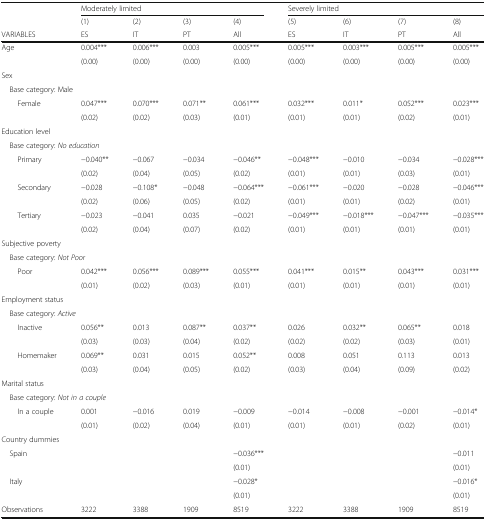
<table><thead><tr><td></td><td colspan="4"><b>Moderately limited</b></td><td colspan="4"><b>Severely limited</b></td></tr><tr><td></td><td><b>(1)</b></td><td><b>(2)</b></td><td><b>(3)</b></td><td><b>(4)</b></td><td><b>(5)</b></td><td><b>(6)</b></td><td><b>(7)</b></td><td><b>(8)</b></td></tr><tr><td><b>VARIABLES</b></td><td><b>ES</b></td><td><b>IT</b></td><td><b>PT</b></td><td><b>All</b></td><td><b>ES</b></td><td><b>IT</b></td><td><b>PT</b></td><td><b>All</b></td></tr></thead><tbody><tr><td rowspan="2">Age</td><td>0.004***</td><td>0.006***</td><td>0.003</td><td>0.005***</td><td>0.005***</td><td>0.003***</td><td>0.005***</td><td>0.005***</td></tr><tr><td>(0.00)</td><td>(0.00)</td><td>(0.00)</td><td>(0.00)</td><td>(0.00)</td><td>(0.00)</td><td>(0.00)</td><td>(0.00)</td></tr><tr><td colspan="9">Sex</td></tr><tr><td colspan="9"> Base category: Male</td></tr><tr><td rowspan="2">Female</td><td>0.047***</td><td>0.070***</td><td>0.071**</td><td>0.061***</td><td>0.032***</td><td>0.011*</td><td>0.052***</td><td>0.023***</td></tr><tr><td>(0.02)</td><td>(0.02)</td><td>(0.03)</td><td>(0.01)</td><td>(0.01)</td><td>(0.01)</td><td>(0.02)</td><td>(0.01)</td></tr><tr><td colspan="9">Education level</td></tr><tr><td colspan="9"> Base category: <i>No education</i></td></tr><tr><td rowspan="2">Primary</td><td>−0.040**</td><td>−0.067</td><td>−0.034</td><td>−0.046**</td><td>−0.048***</td><td>−0.010</td><td>−0.034</td><td>−0.028***</td></tr><tr><td>(0.02)</td><td>(0.04)</td><td>(0.05)</td><td>(0.02)</td><td>(0.01)</td><td>(0.01)</td><td>(0.03)</td><td>(0.01)</td></tr><tr><td rowspan="2">Secondary</td><td>−0.028</td><td>−0.108*</td><td>−0.048</td><td>−0.064***</td><td>−0.061***</td><td>−0.020</td><td>−0.028</td><td>−0.046***</td></tr><tr><td>(0.02)</td><td>(0.06)</td><td>(0.05)</td><td>(0.02)</td><td>(0.01)</td><td>(0.01)</td><td>(0.02)</td><td>(0.01)</td></tr><tr><td rowspan="2">Tertiary</td><td>−0.023</td><td>−0.041</td><td>0.035</td><td>−0.021</td><td>−0.049***</td><td>−0.018***</td><td>−0.047***</td><td>−0.035***</td></tr><tr><td>(0.02)</td><td>(0.04)</td><td>(0.07)</td><td>(0.02)</td><td>(0.01)</td><td>(0.01)</td><td>(0.01)</td><td>(0.01)</td></tr><tr><td colspan="9">Subjective poverty</td></tr><tr><td colspan="9"> Base category: <i>Not Poor</i></td></tr><tr><td rowspan="2">Poor</td><td>0.042***</td><td>0.056***</td><td>0.089***</td><td>0.055***</td><td>0.041***</td><td>0.015**</td><td>0.043***</td><td>0.031***</td></tr><tr><td>(0.01)</td><td>(0.02)</td><td>(0.03)</td><td>(0.01)</td><td>(0.01)</td><td>(0.01)</td><td>(0.01)</td><td>(0.01)</td></tr><tr><td colspan="9">Employment status</td></tr><tr><td colspan="9"> Base category: <i>Active</i></td></tr><tr><td rowspan="2">Inactive</td><td>0.056**</td><td>0.013</td><td>0.087**</td><td>0.037**</td><td>0.026</td><td>0.032**</td><td>0.065**</td><td>0.018</td></tr><tr><td>(0.03)</td><td>(0.03)</td><td>(0.04)</td><td>(0.02)</td><td>(0.02)</td><td>(0.02)</td><td>(0.03)</td><td>(0.01)</td></tr><tr><td rowspan="2">Homemaker</td><td>0.069**</td><td>0.031</td><td>0.015</td><td>0.052**</td><td>0.008</td><td>0.051</td><td>0.113</td><td>0.013</td></tr><tr><td>(0.03)</td><td>(0.04)</td><td>(0.05)</td><td>(0.02)</td><td>(0.03)</td><td>(0.04)</td><td>(0.09)</td><td>(0.02)</td></tr><tr><td colspan="9">Marital status</td></tr><tr><td colspan="9"> Base category: <i>Not in a couple</i></td></tr><tr><td rowspan="2">In a couple</td><td>0.001</td><td>−0.016</td><td>0.019</td><td>−0.009</td><td>−0.014</td><td>−0.008</td><td>−0.001</td><td>−0.014*</td></tr><tr><td>(0.01)</td><td>(0.02)</td><td>(0.04)</td><td>(0.01)</td><td>(0.01)</td><td>(0.01)</td><td>(0.02)</td><td>(0.01)</td></tr><tr><td colspan="9">Country dummies</td></tr><tr><td rowspan="2"> Spain</td><td></td><td></td><td></td><td>−0.036***</td><td></td><td></td><td></td><td>−0.011</td></tr><tr><td></td><td></td><td></td><td>(0.01)</td><td></td><td></td><td></td><td>(0.01)</td></tr><tr><td rowspan="2"> Italy</td><td></td><td></td><td></td><td>−0.028*</td><td></td><td></td><td></td><td>−0.016*</td></tr><tr><td></td><td></td><td></td><td>(0.01)</td><td></td><td></td><td></td><td>(0.01)</td></tr><tr><td>Observations</td><td>3222</td><td>3388</td><td>1909</td><td>8519</td><td>3222</td><td>3388</td><td>1909</td><td>8519</td></tr></tbody></table>